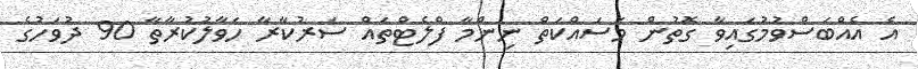
އެ އެއްބަސްވުމުގައިވާ ގޮތުން މަސައްކަތް ނިންމާ ފްލެޓްތައް ސަރުކާރާ ހަވާލުކުރާތާ 90 ދުވަހުގެ